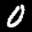
Label: 0